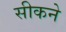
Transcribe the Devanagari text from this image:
सीकने